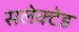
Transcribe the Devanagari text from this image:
सलेक्टेड